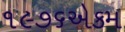
૧૯૭૬એકમ